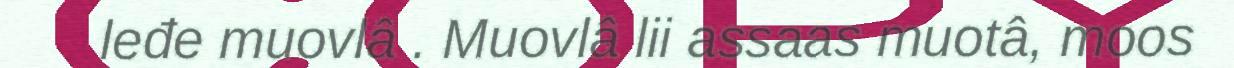
leđe muovlâ . Muovlâ lii assaas muotâ, moos